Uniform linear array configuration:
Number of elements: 16
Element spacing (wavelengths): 0.75
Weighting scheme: cosine
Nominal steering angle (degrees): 0
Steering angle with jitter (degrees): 1.246
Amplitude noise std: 0.05
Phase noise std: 0.05

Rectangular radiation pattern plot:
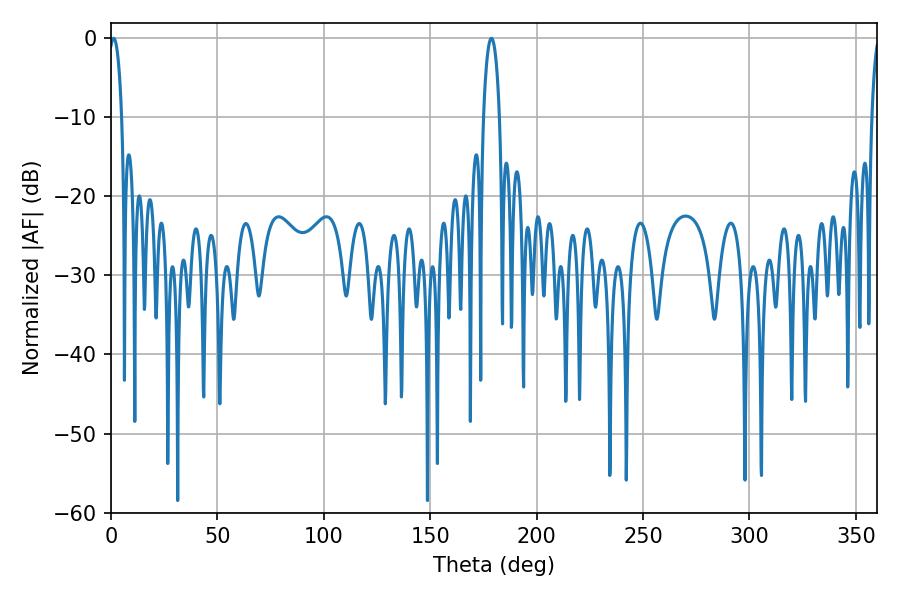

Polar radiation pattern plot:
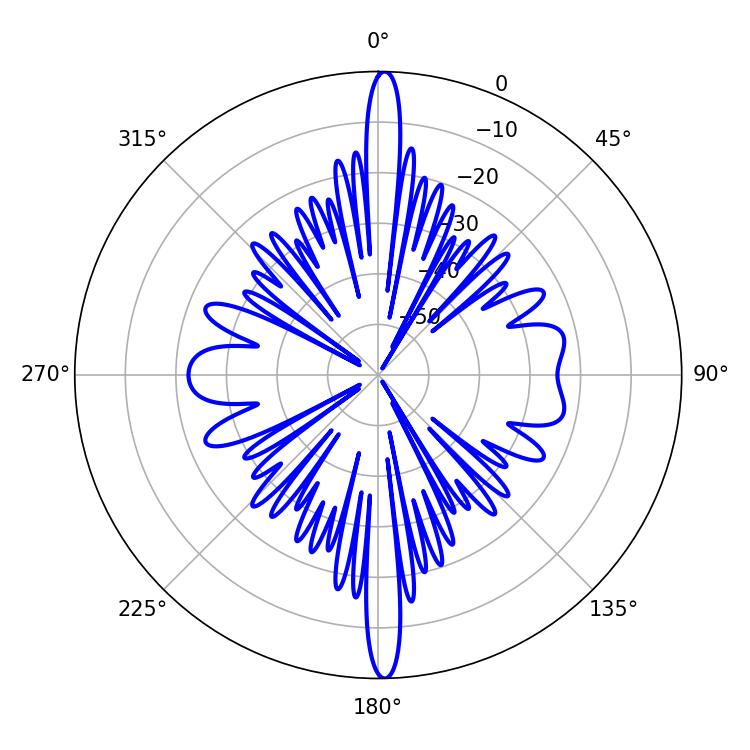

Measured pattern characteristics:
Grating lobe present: TRUE
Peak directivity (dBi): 26.583
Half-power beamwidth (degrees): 3.42
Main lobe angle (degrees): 1.26